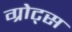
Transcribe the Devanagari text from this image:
ग्रोट्स